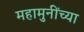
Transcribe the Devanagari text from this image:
महामुनींच्या